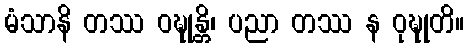
မံသာနိ တဿ ဝဍ္ဎုန္တိ၊ ပညာ တဿ န ဝုဍ္ဎုတိ။